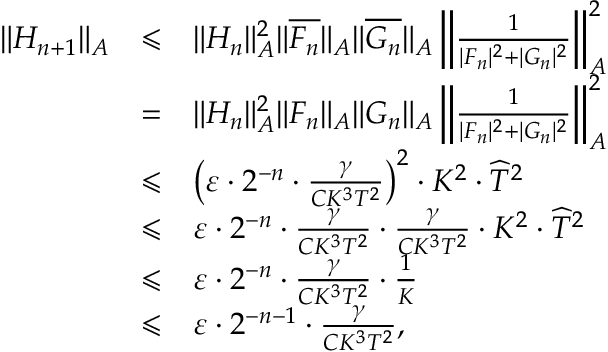
\begin{array} { l c l } { \| H _ { n + 1 } \| _ { A } } & { \leqslant } & { \| H _ { n } \| _ { A } ^ { 2 } \| \overline { { F _ { n } } } \| _ { A } \| \overline { { G _ { n } } } \| _ { A } \left\| \frac { 1 } { | F _ { n } | ^ { 2 } + | G _ { n } | ^ { 2 } } \right\| _ { A } ^ { 2 } } \\ & { = } & { \| H _ { n } \| _ { A } ^ { 2 } \| F _ { n } \| _ { A } \| G _ { n } \| _ { A } \left\| \frac { 1 } { | F _ { n } | ^ { 2 } + | G _ { n } | ^ { 2 } } \right\| _ { A } ^ { 2 } } \\ & { \leqslant } & { \left( \varepsilon \cdot 2 ^ { - n } \cdot \frac { \gamma } { C K ^ { 3 } T ^ { 2 } } \right) ^ { 2 } \cdot K ^ { 2 } \cdot \widehat { T } ^ { 2 } } \\ & { \leqslant } & { \varepsilon \cdot 2 ^ { - n } \cdot \frac { \gamma } { C K ^ { 3 } T ^ { 2 } } \cdot \frac { \gamma } { C K ^ { 3 } T ^ { 2 } } \cdot K ^ { 2 } \cdot \widehat { T } ^ { 2 } } \\ & { \leqslant } & { \varepsilon \cdot 2 ^ { - n } \cdot \frac { \gamma } { C K ^ { 3 } T ^ { 2 } } \cdot \frac { 1 } { K } } \\ & { \leqslant } & { \varepsilon \cdot 2 ^ { - n - 1 } \cdot \frac { \gamma } { C K ^ { 3 } T ^ { 2 } } , } \end{array}